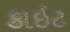
કાઇટ